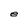
Character: e